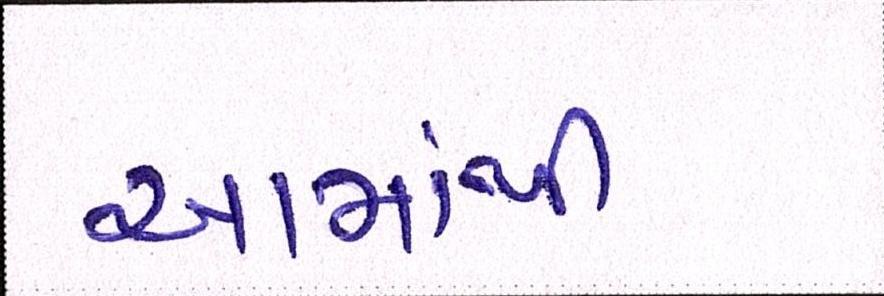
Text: આમાંથી